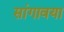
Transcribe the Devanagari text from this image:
सांगावया